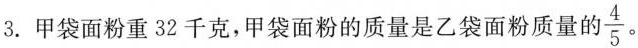
3. 甲袋面粉重 32 千克，甲袋面粉的质量是乙袋面粉质量的 \frac{4}{5}。